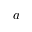
\bar { a }